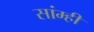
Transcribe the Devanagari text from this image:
सांम्ही